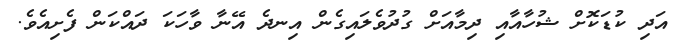
އަދި ކުޑަކޮށް ޝުހާއާއި ދިމާއަށް ގުދުވެލައިގެން އިނދެ އޭނާ ވާހަކަ ދައްކަން ފެށިއެވެ.